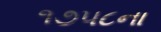
૧૭૫૮ના